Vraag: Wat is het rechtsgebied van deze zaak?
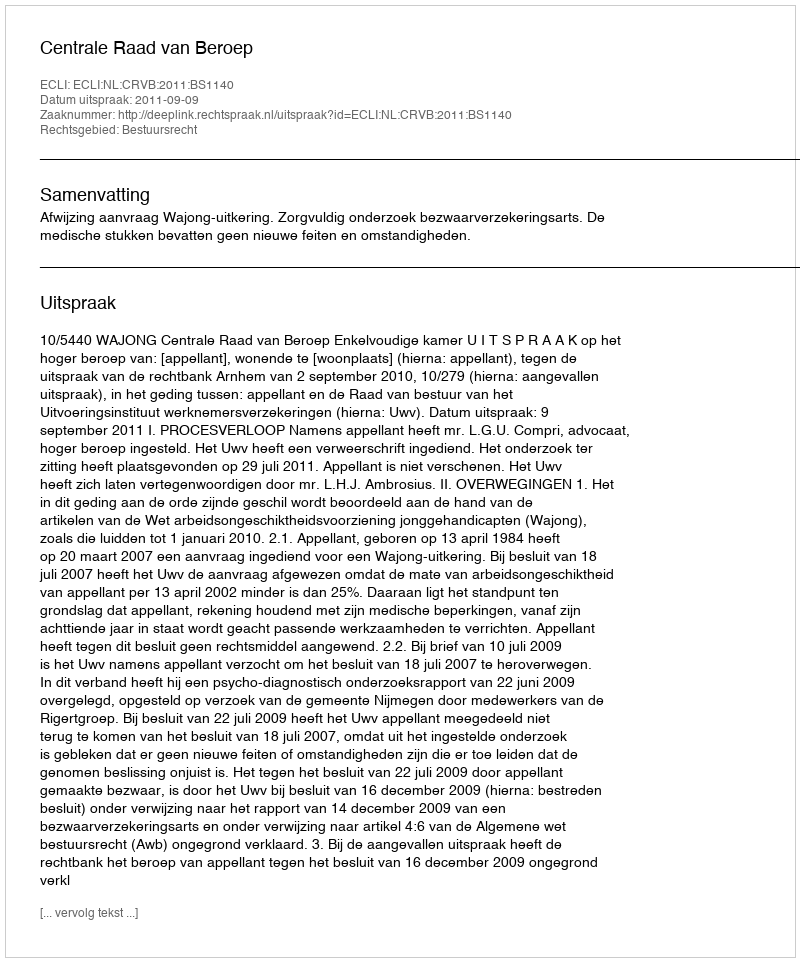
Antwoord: Bestuursrecht